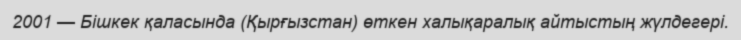
2001 — Бішкек қаласында (Қырғызстан) өткен халықаралық айтыстың жүлдегері.